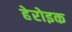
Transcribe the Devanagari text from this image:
हेरोइक